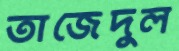
তাজেদুল